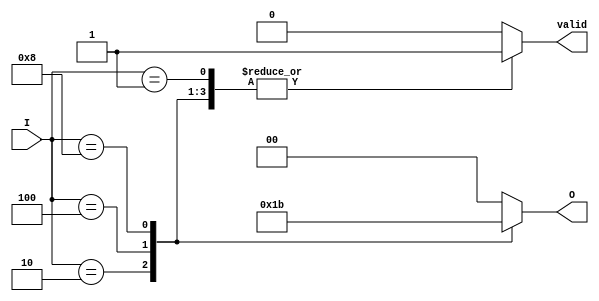
module binary_encoder (
    input wire [3:0] I,  // 4 input lines (I0, I1, I2, I3)
    output reg [1:0] O,  // 2 output lines (O0, O1)
    output reg valid     // Indicates if a valid input is active
);

// Always block to encode the inputs
always @(*) begin
    case (I)
        4'b0001: begin O = 2'b00; valid = 1; end  // I0 active
        4'b0010: begin O = 2'b01; valid = 1; end  // I1 active
        4'b0100: begin O = 2'b10; valid = 1; end  // I2 active
        4'b1000: begin O = 2'b11; valid = 1; end  // I3 active
        default: begin O = 2'b00; valid = 0; end  // No valid input
    endcase
end

endmodule